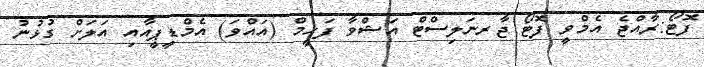
ފޮޓޯ:ރާއްޖެ އެމްވީ ފޮޓޯ ޖާރނަލިސްޓް އަޝްވާ ފަހީމް (އައްވަ) އެމްޑީޕީއާއި އަލަށް ގުޅުނު